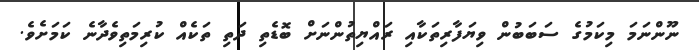
ނޫންނަމަ މިކަމުގެ ސަބަބުން ވިޔަފާރިތަކާއި ރައްޔިތުންނަށް ބޮޑެތި ދަތި ތަކެއް ކުރިމަތިވެދާނެ ކަމަށެވެ.